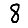
Digit: 8